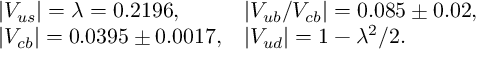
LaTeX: \begin{array} { l l } { { | V _ { u s } | = \lambda = 0 . 2 1 9 6 , } } & { { | V _ { u b } / V _ { c b } | = 0 . 0 8 5 \pm 0 . 0 2 , } } \\ { { | V _ { c b } | = 0 . 0 3 9 5 \pm 0 . 0 0 1 7 , } } & { { | V _ { u d } | = 1 - \lambda ^ { 2 } / 2 . } } \end{array}